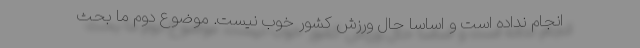
انجام نداده است و اساساً حال ورزش کشور خوب نیست. موضوع دوم ما بحث